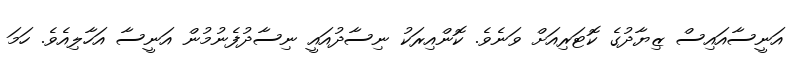
އަނީސާއައިސް ޒިޔާދުގެ ކޮޓަރިއަށް ވަނެވެ. ކޮންއިރަކު ނިސާދުއައީ ނިސާދުފެނުމުން އަނީސާ އަހާލިއެވެ. ހަމަ